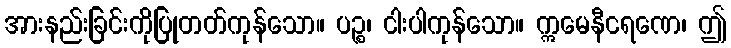
အားနည်းခြင်းကိုပြုတတ်ကုန်သော။ ပဉ္စ၊ ငါးပါကုန်သော။ ဣမေနီငရဏေ၊ ဤ